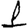
Digit: 1